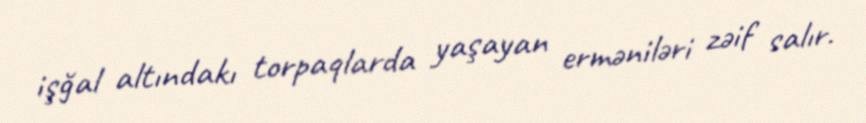
işğal altındakı torpaqlarda yaşayan erməniləri zəif salır.